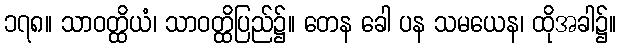
၁၇၈။ သာဝတ္ထိယံ၊ သာဝတ္ထိပြည်၌။ တေန ခေါ ပန သမယေန၊ ထိုအခါ၌။